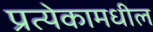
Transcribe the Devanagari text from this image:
प्रत्येकामधील